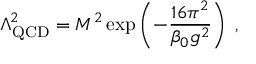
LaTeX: \Lambda _ { \mathrm { Q C D } } ^ { 2 } = M ^ { 2 } \exp \left( - \frac { 1 6 \pi ^ { 2 } } { \beta _ { 0 } g ^ { 2 } } \right) \; ,